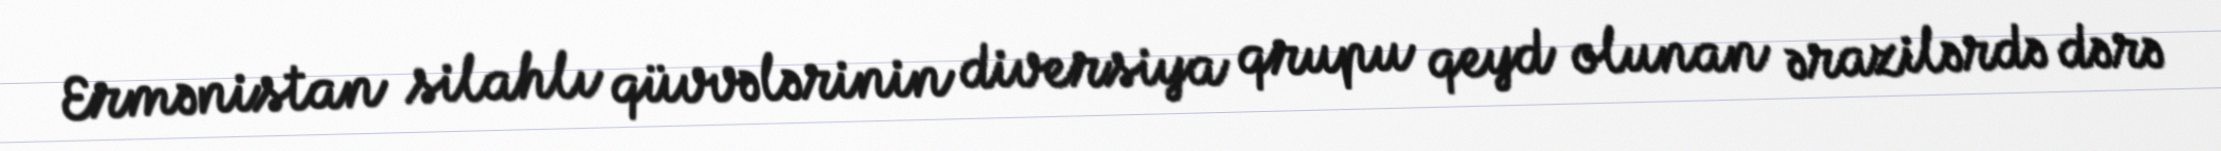
Ermənistan silahlı qüvvələrinin diversiya qrupu qeyd olunan ərazilərdə dərə